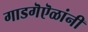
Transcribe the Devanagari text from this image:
गाडगॆऎळांनी